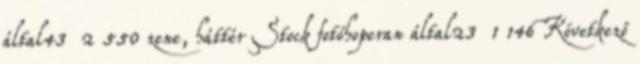
által43 2 550 zene, háttér Stock fotóhoperan által23 1 146 Következő